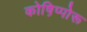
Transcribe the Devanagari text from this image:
कोष़िप्पोरू